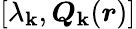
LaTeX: [\lambda_{\mathbf{k}},\boldsymbol{Q}_{\mathbf{k}}(\boldsymbol{r})]